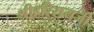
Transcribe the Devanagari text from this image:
श्रीहरिरायजी